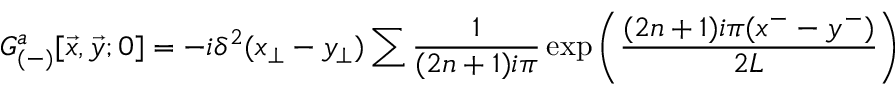
{ \cal G } _ { ( - ) } ^ { a } [ { \vec { x } } , { \vec { y } } ; 0 ] = - i \delta ^ { 2 } ( x _ { \perp } - y _ { \perp } ) \sum \frac { 1 } { ( 2 n + 1 ) i \pi } \exp \left( \frac { ( 2 n + 1 ) i \pi ( x ^ { - } - y ^ { - } ) } { 2 L } \right)